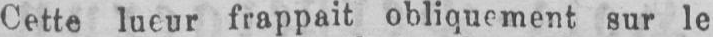
Cette lueur frappait obliquement sur le